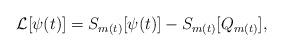
LaTeX: \begin{align*}\mathcal{L}[\psi(t)] = S_{m(t)}[\psi(t)] - S_{m(t)}[Q_{m(t)}],\end{align*}